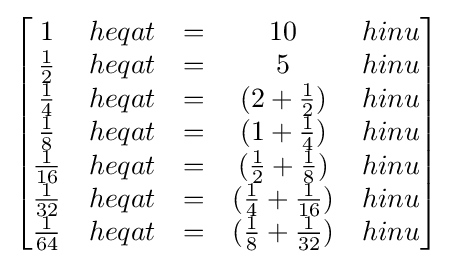
{\begin{bmatrix}1&heqat&=&10&hinu\\{\frac {1}{2}}&heqat&=&5&hinu\\{\frac {1}{4}}&heqat&=&(2+{\frac {1}{2}})&hinu\\{\frac {1}{8}}&heqat&=&(1+{\frac {1}{4}})&hinu\\{\frac {1}{16}}&heqat&=&({\frac {1}{2}}+{\frac {1}{8}})&hinu\\{\frac {1}{32}}&heqat&=&({\frac {1}{4}}+{\frac {1}{16}})&hinu\\{\frac {1}{64}}&heqat&=&({\frac {1}{8}}+{\frac {1}{32}})&hinu\\\end{bmatrix}}